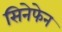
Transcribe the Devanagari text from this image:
सिनेफेन